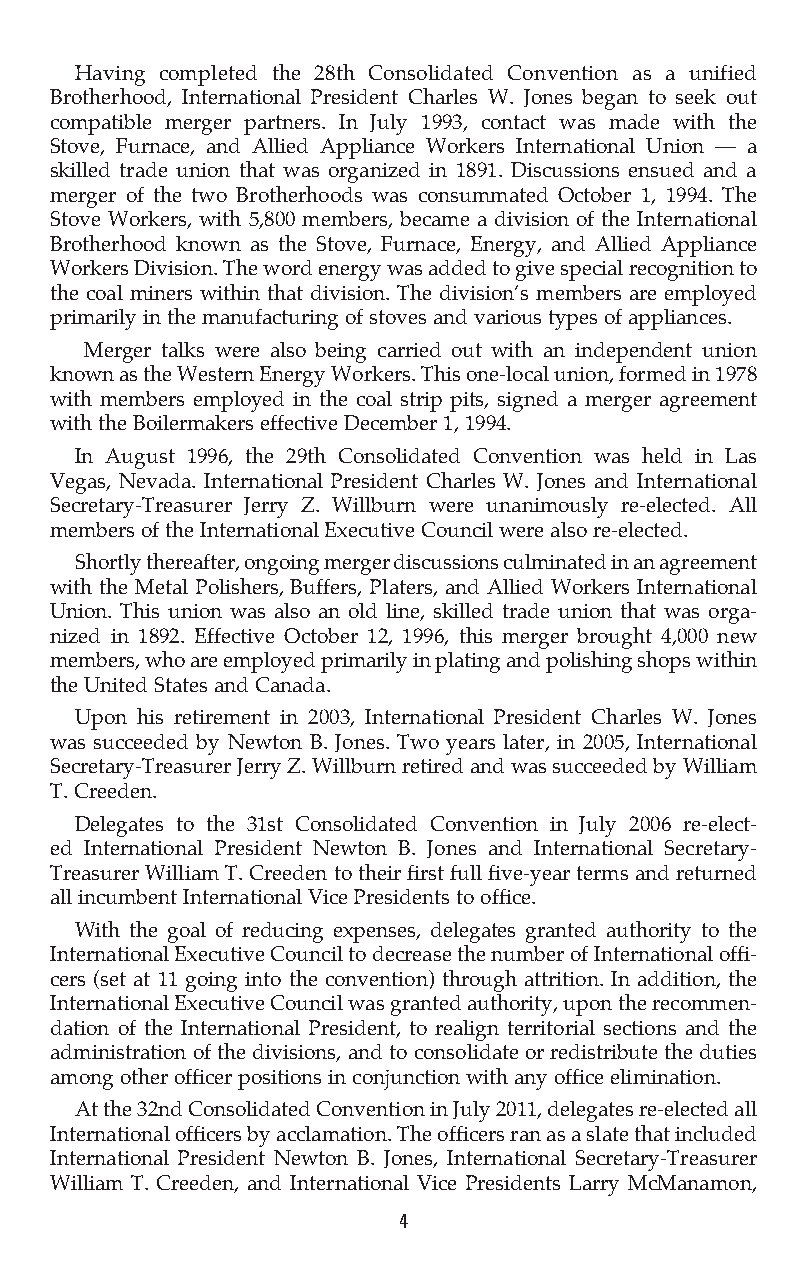
Having completed the 28th Consolidated Convention as a unified
 Brotherhood, International President Charles W. Jones began to seek out
 compatible merger partners. In July 1993, contact was made with the
 Stove, Furnace, and Allied Appliance Workers International Union — a
 skilled trade union that was organized in 1891. Discussions ensued and a
 merger of the two Brotherhoods was consummated October 1, 1994. The
 Stove Workers, with 5,800 members, became a division of the International
 Brotherhood known as the Stove, Furnace, Energy, and Allied Appliance
 Workers Division. The word energy was added to give special recognition to
 the coal miners within that division. The division’s members are employed
 primarily in the manufacturing of stoves and various types of appliances.
 Merger talks were also being carried out with an independent union
 known as the Western Energy Workers. This one-local union, formed in 1978
 with members employed in the coal strip pits, signed a merger agreement
 with the Boilermakers effective December 1, 1994.
 In August 1996, the 29th Consolidated Convention was held in Las
 Vegas, Nevada. International President Charles W. Jones and International
 Secretary-Treasurer Jerry Z. Willburn were unanimously re-elected. All
 members of the International Executive Council were also re-elected.
 Shortly thereafter, ongoing merger discussions culminated in an agreement
 with the Metal Polishers, Buffers, Platers, and Allied Workers International
 Union. This union was also an old line, skilled trade union that was orga-
 nized in 1892. Effective October 12, 1996, this merger brought 4,000 new
 members, who are employed primarily in plating and polishing shops within
 the United States and Canada.
 Upon his retirement in 2003, International President Charles W. Jones
 was succeeded by Newton B. Jones. Two years later, in 2005, International
 Secretary-Treasurer Jerry Z. Willburn retired and was succeeded by William
 T. Creeden.
 Delegates to the 31st Consolidated Convention in July 2006 re-elect-
 ed International President Newton B. Jones and International Secretary-
 Treasurer William T. Creeden to their first full five-year terms and returned
 all incumbent International Vice Presidents to office.
 With the goal of reducing expenses, delegates granted authority to the
 International Executive Council to decrease the number of International offi-
 cers (set at 11 going into the convention) through attrition. In addition, the
 International Executive Council was granted authority, upon the recommen-
 dation of the International President, to realign territorial sections and the
 administration of the divisions, and to consolidate or redistribute the duties
 among other officer positions in conjunction with any office elimination.
 At the 32nd Consolidated Convention in July 2011, delegates re-elected all
 International officers by acclamation. The officers ran as a slate that included
 International President Newton B. Jones, International Secretary-Treasurer
 William T. Creeden, and International Vice Presidents Larry McManamon,
 4